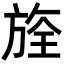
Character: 𣄀